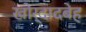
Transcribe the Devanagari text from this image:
खोर्दादबेह